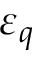
\varepsilon _ { q }